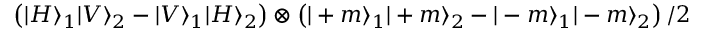
\left( | H \rangle _ { 1 } | V \rangle _ { 2 } - | V \rangle _ { 1 } | H \rangle _ { 2 } \right) \otimes \left( | + m \rangle _ { 1 } | + m \rangle _ { 2 } - | - m \rangle _ { 1 } | - m \rangle _ { 2 } \right) / 2